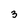
Character: 3